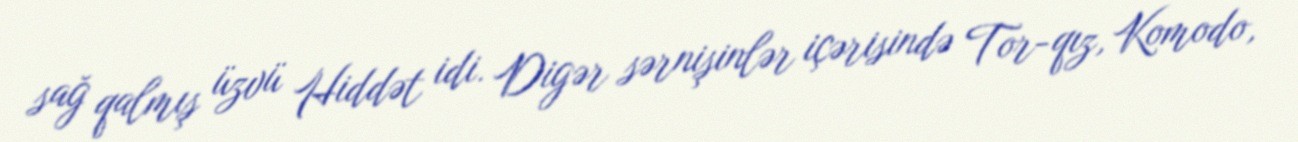
sağ qalmış üzvü Hiddət idi. Digər sərnişinlər içərisində Tor-qız, Komodo,